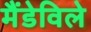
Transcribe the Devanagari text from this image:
मैंडेविले